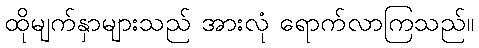
ထိုမျက်နှာများသည် အားလုံ ရောက်လာကြသည်။